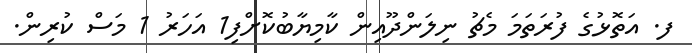
ފ. އަތޮޅުގެ ފުރަތަމަ މެޗު ނިލަންދޫއިން ކާމިޔާބުކޮށްފި1 އަހަރު 1 މަސް ކުރިން.